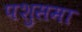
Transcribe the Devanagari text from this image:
पशुसमा